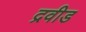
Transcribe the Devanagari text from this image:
द्रवीड